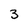
Character: 3